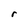
Character: r